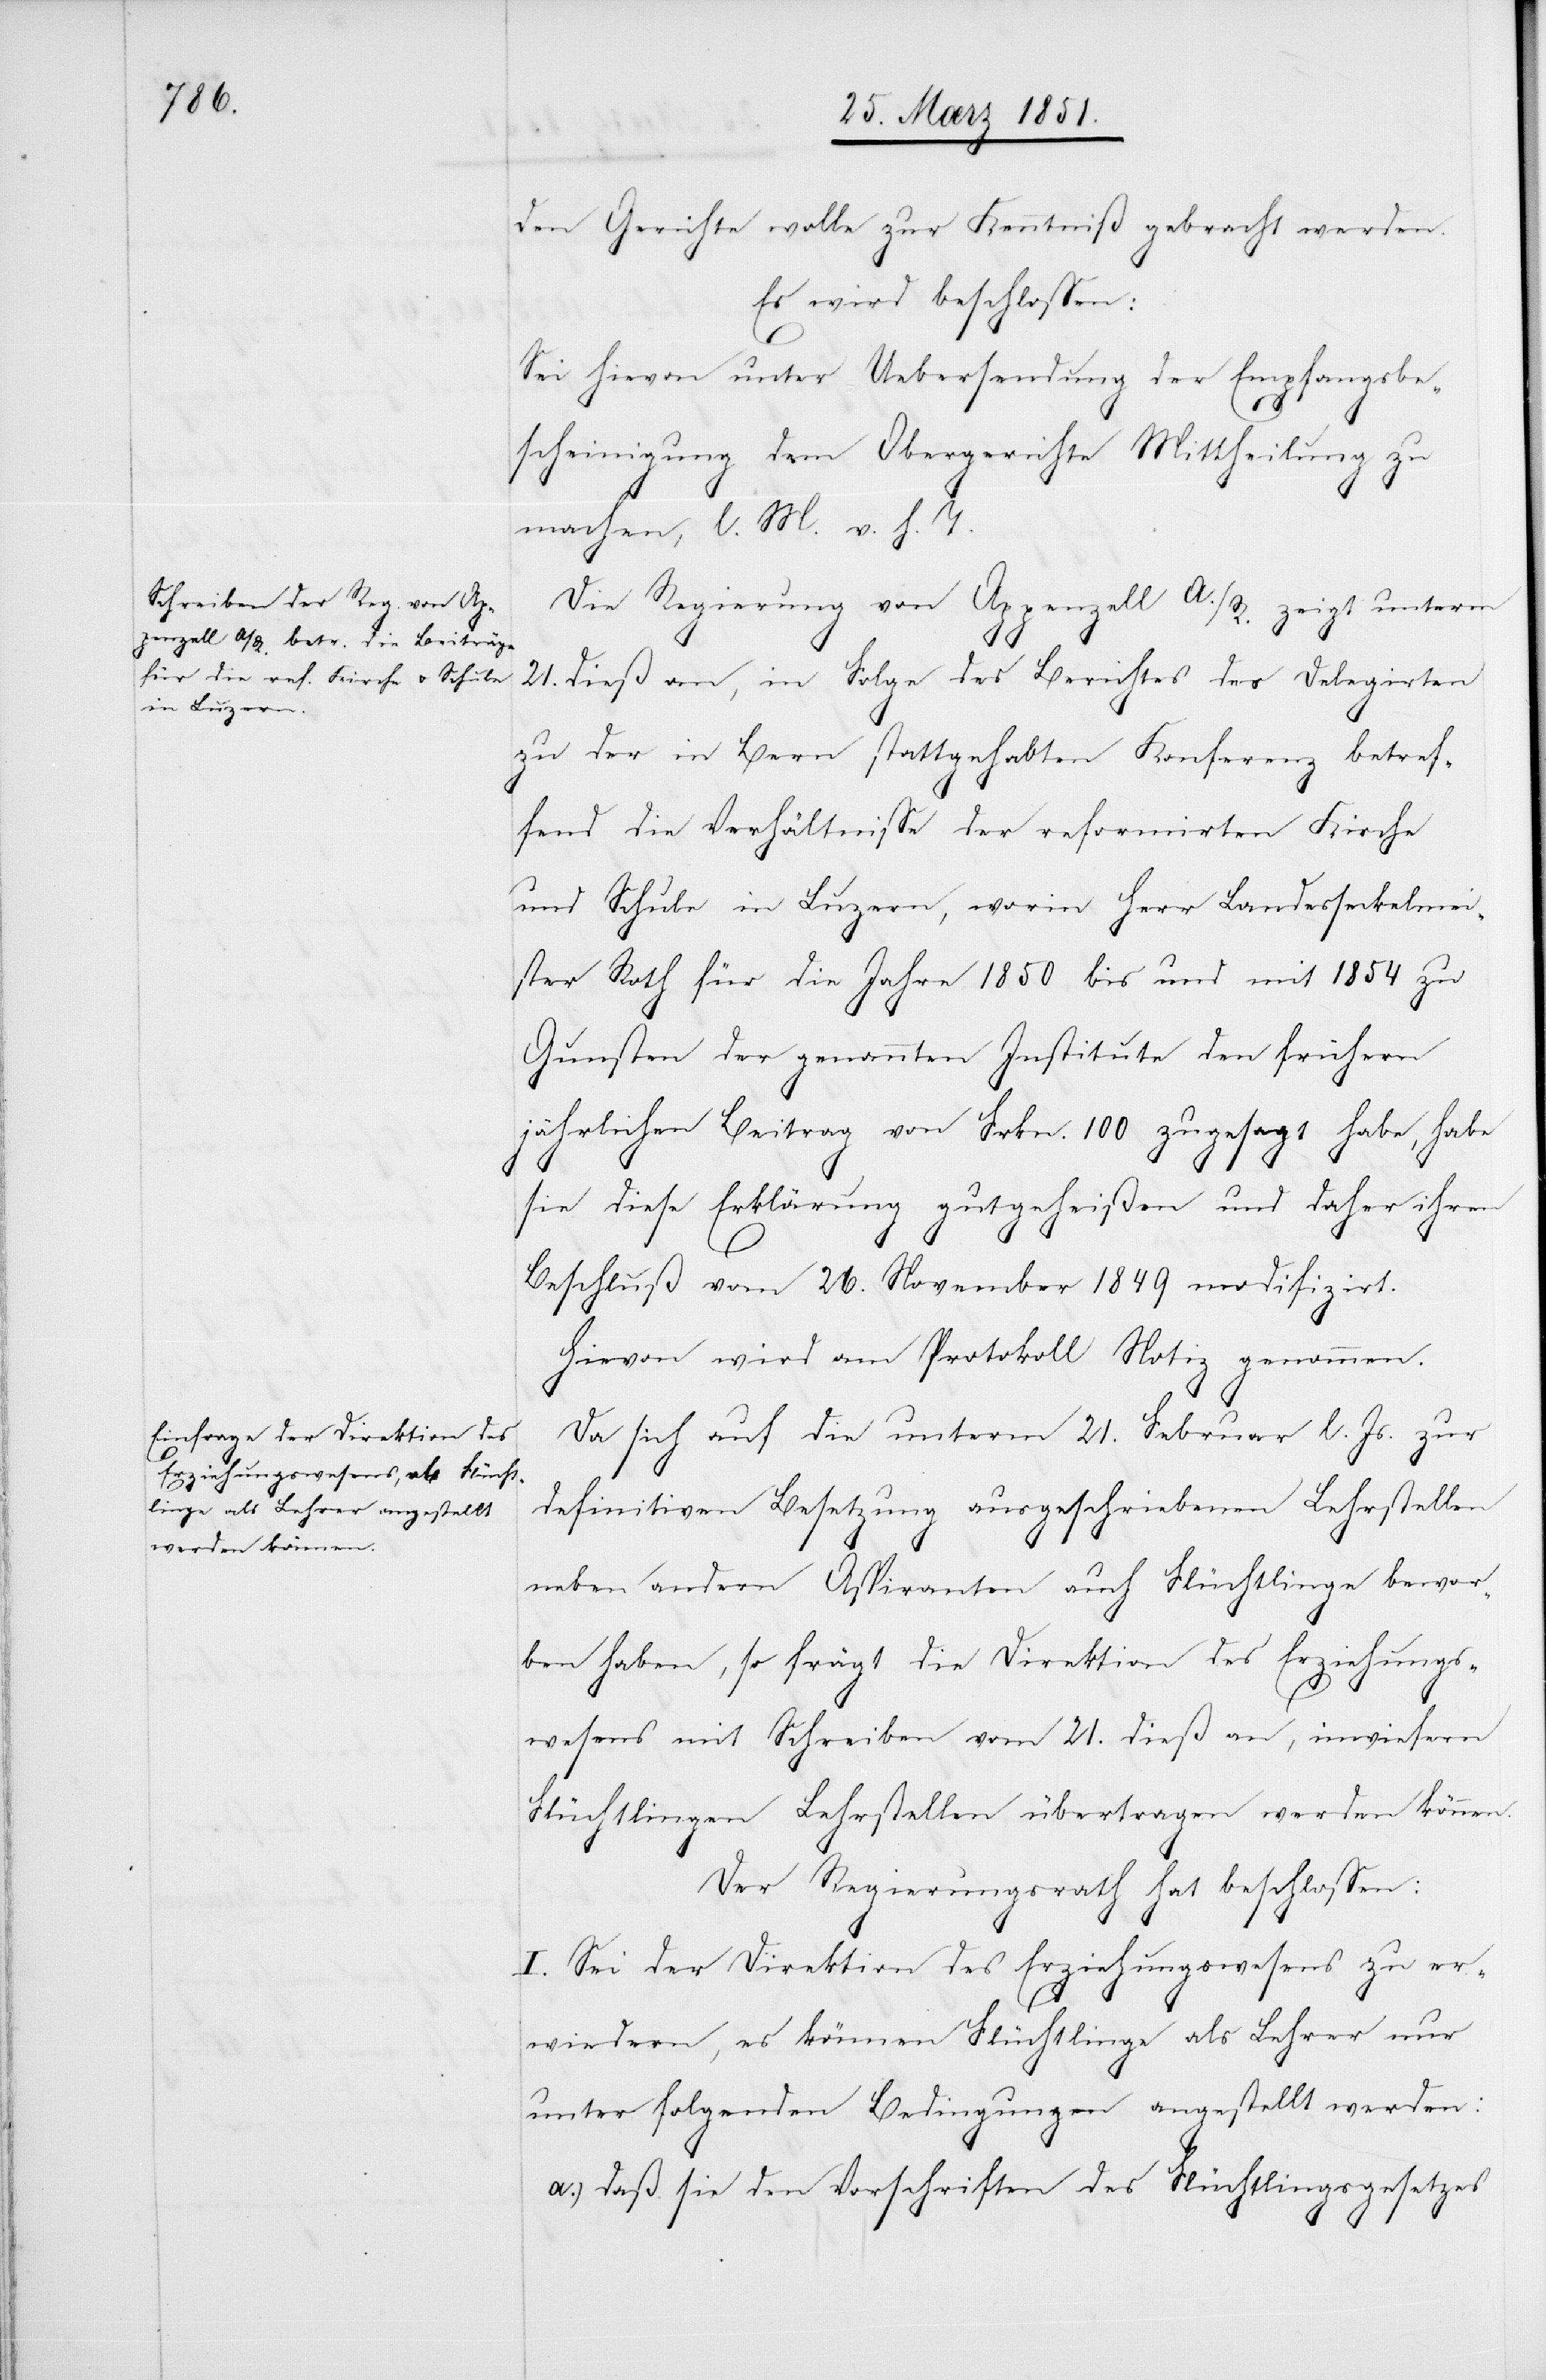
den Gerichte wolle zur Kenntniß gebracht werden.
Es wird beschlossen:
Sei hievon unter Uebersendung der Empfangsbe¬
scheinigung dem Obergerichte Mittheilung zu
machen, l. M. v. h. T.
Die Regierung von Appenzell A./R. zeigt unterm
21. dieß an, in Folge des Berichtes des Delegirten
zu der in Bern stattgehabten Konferenz betref¬
fend die Verhältnisse der reformirten Kirche
und Schule in Luzern, worin Herr Landesseckelmei¬
ster Roth für die Jahre 1850 bis und mit 1854 zu
Gunsten der genannten Institute den frühern
jährlichen Beitrag von Frkn. 100 zugesagt habe, habe
sie diese Erklärung gutgeheißen und daher ihren
Beschluß vom 26. November 1849 modifizirt.
Hievon wird am Protokoll Notiz genommen.
Da sich auf die unterm 21. Februar l. Js. zur
definitiven Besetzung ausgeschriebenen Lehrstellen
neben andern Aspiranten auch Flüchtlinge bewor¬
ben haben, so frägt die Direktion des Erziehungs¬
wesens mit Schreiben vom 21. dieß an, inwiefern
Flüchtlingen Lehrstellen übertragen werden können.
Der Regierungsrath hat beschlossen:
I. Sei der Direktion des Erziehungswesens zu er¬
wiedern, es können Flüchtlinge als Lehrer nur
unter folgenden Bedingungen angestellt werden:
daß sie den Vorschriften des Flüchtlingsgesetzes